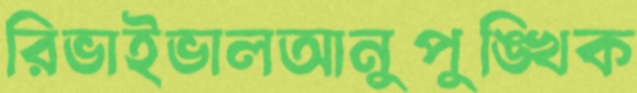
রিভাইভালআনুপুঙ্খিক